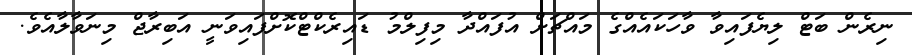
ނިރެން ބަޓް ލިޔެފައިވާ ވާހަކައެއްގެ މައްޗަށް އުފައްދާ މިފިލްމު ޑައިރެކްޓްކޮށްފައިވަނީ އަބިރާޖް މިނަވާލާއެވެ.